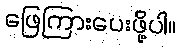
ဖြေကြားပေးဖို့ပါ။